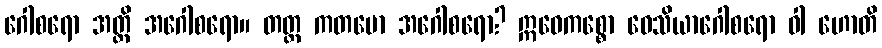
ဂေါစရော အတ္ထိ အဂေါစရော။ တတ္ထ ကတမော အဂေါစရော? ဣဓေကစ္စော ဝေသိယာဂေါစရော ဝါ ဟောတိ